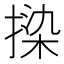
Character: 𫽦